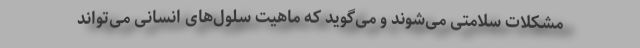
مشکلات سلامتی می‌شوند و می‌گوید که ماهیت سلول‌های انسانی می‌تواند